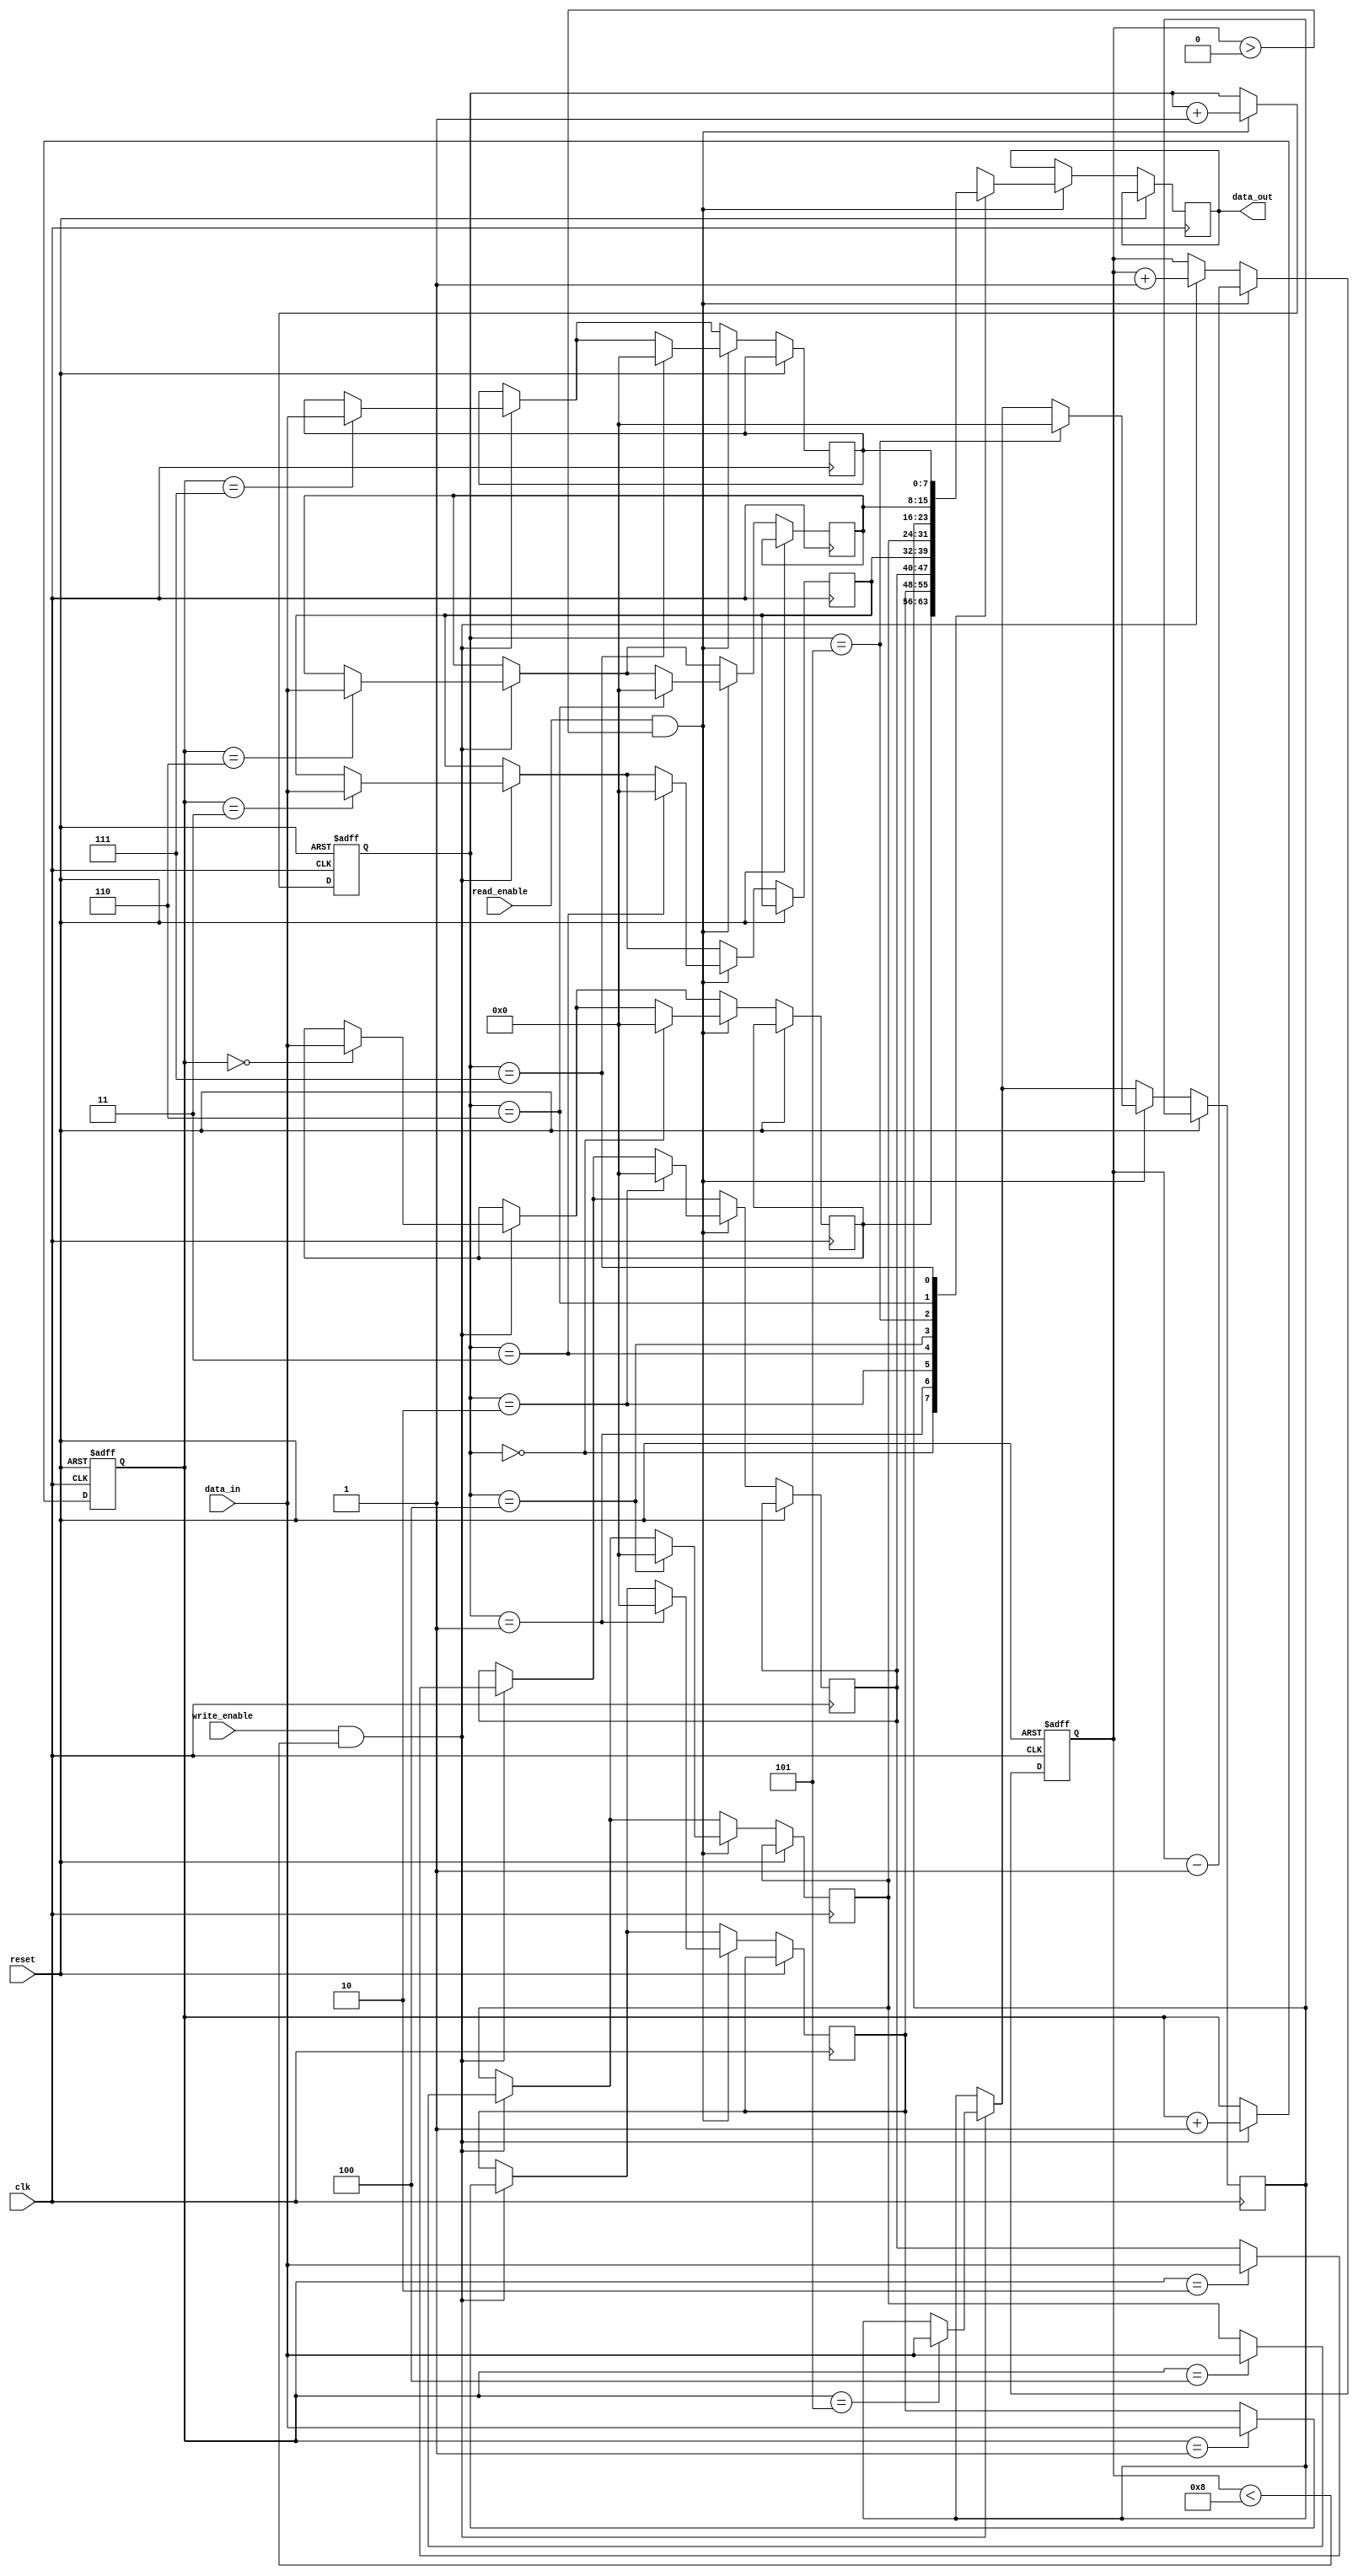
module FIFO (
    input wire clk,
    input wire reset,
    input wire write_enable,
    input wire read_enable,
    input wire [7:0] data_in,
    output reg [7:0] data_out
);

reg [7:0] fifo [7:0]; // FIFO storage elements

reg [2:0] write_pointer = 0; // Pointer for writing data
reg [2:0] read_pointer = 0; // Pointer for reading data
reg [2:0] count = 0; // Number of elements in the FIFO

always @ (posedge clk or posedge reset) begin
    if (reset) begin
        write_pointer <= 0;
        read_pointer <= 0;
        count <= 0;
    end else begin
        if (write_enable && count < 8) begin
            fifo[write_pointer] <= data_in;
            write_pointer <= write_pointer + 1;
            count <= count + 1;
        end
        
        if (read_enable && count > 0) begin
            data_out <= fifo[read_pointer];
            fifo[read_pointer] <= 0;
            read_pointer <= read_pointer + 1;
            count <= count - 1;
        end
    end
end

endmodule